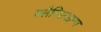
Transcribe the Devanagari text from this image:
क्लैरिफ़ाइन्ग